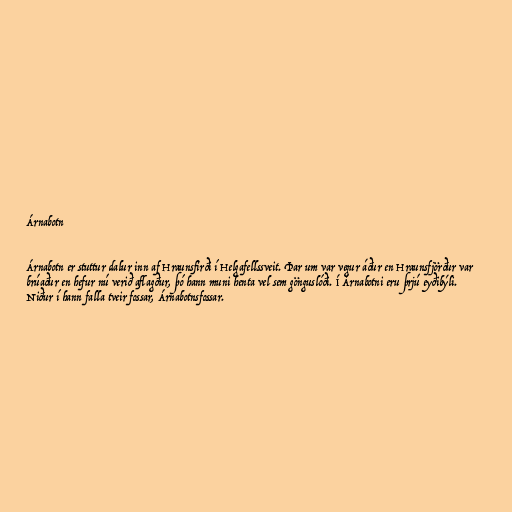
Árnabotn

Árnabotn er stuttur dalur inn af Hraunsfirði í Helgafellssveit. Þar um var vegur áður en Hraunsfjörður var
brúaður en hefur nú verið aflagður, þó hann muni henta vel sem gönguslóði. Í Árnabotni eru þrjú eyðibýli.
Niður í hann falla tveir fossar, Árnabotnsfossar.